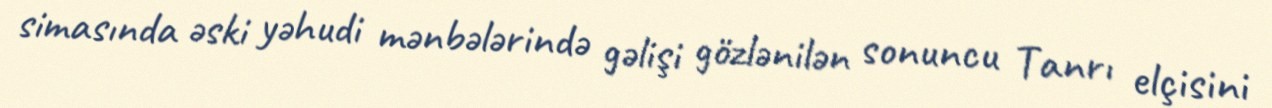
simasında əski yəhudi mənbələrində gəlişi gözlənilən sonuncu Tanrı elçisini